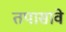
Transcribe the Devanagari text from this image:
तपासावे